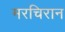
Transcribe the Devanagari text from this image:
मरचिरान